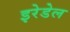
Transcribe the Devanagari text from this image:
इरेडेल